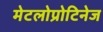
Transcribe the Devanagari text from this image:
मेटलोप्रोटिनेज